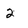
Character: 2